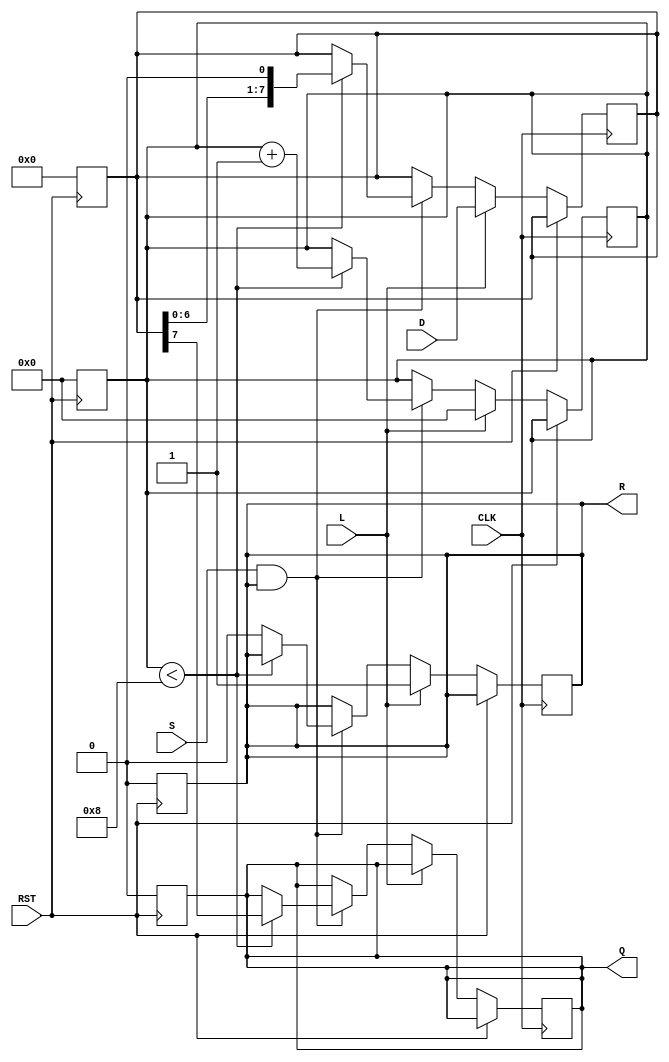
module PISO_Register (
    input wire [7:0] D,      // 8-bit parallel data input
    input wire L,            // Load control signal
    input wire S,            // Shift control signal
    input wire CLK,          // Clock signal
    input wire RST,          // Asynchronous reset signal
    output reg Q,            // Serial output
    output reg R             // Ready signal
);

    reg [7:0] SR;            // Shift register
    reg [3:0] CNT;           // Counter for bits shifted out

    // Asynchronous reset
    always @(posedge RST) begin
        SR <= 8'b0;          // Clear shift register
        CNT <= 4'b0;        // Reset counter
        Q <= 1'b0;          // Clear serial output
        R <= 1'b0;          // Clear ready signal
    end

    // Main operation
    always @(posedge CLK) begin
        if (RST) begin
            // Reset state is handled above
        end else if (L) begin
            // Load operation
            SR <= D;          // Load data into shift register
            CNT <= 4'b0;      // Reset counter
            R <= 1'b1;        // Indicate ready to shift
        end else if (S && R) begin
            // Shift operation
            if (CNT < 8) begin
                Q <= SR[7];    // Output the MSB
                SR <= {SR[6:0], 1'b0}; // Shift right
                CNT <= CNT + 1; // Increment counter
            end else begin
                R <= 1'b0;      // No more bits to shift, not ready
            end
        end
    end

endmodule